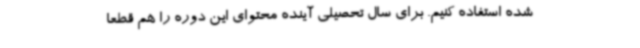
شده استفاده کنیم. برای سال تحصیلی آینده محتوای این دوره را هم قطعا